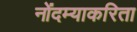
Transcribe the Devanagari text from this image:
नोंदम्याकरिता